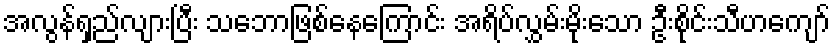
အလွန်ရှည်လျားပြီး သဘောဖြစ်နေကြောင်း အရိပ်လွှမ်းမိုးသော ဦးစိုင်းသီဟကျော်